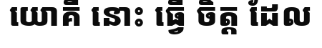
យោគី នោះ ធ្វើ ចិត្ត ដែល